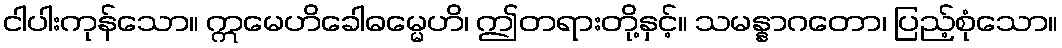
ငါပါးကုန်သော။ ဣမေဟိခေါဓမ္မေဟိ၊ ဤတရားတို့နှင့်။ သမန္နာဂတော၊ ပြည့်စုံသော။